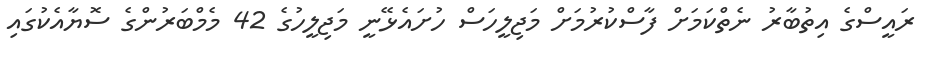
ރައީސްގެ އިތުބާރު ނެތްކަމަށް ފާސްކުރުމަށް މަޖިލީހަސް ހުށައެޅޭނީ މަޖިލީހުގެ 42 މެމްބަރުންގެ ސޮޔާއެކުގައި